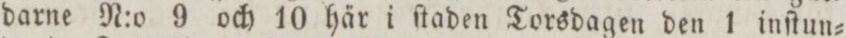
darne N:o 9 och 10 här i ſtaden Torsdagen den 1 inſtun=